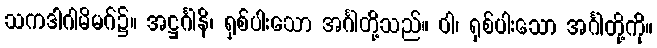
သကဒါဂါမိမဂ်၌။ အဋ္ဌင်္ဂါနိ၊ ရှစ်ပါးသော အင်္ဂါတို့သည်။ ဝါ၊ ရှစ်ပါးသော အင်္ဂါတို့ကို။